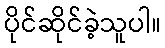
ပိုင်ဆိုင်ခဲ့သူပါ။